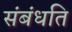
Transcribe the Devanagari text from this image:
संबंधति